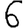
Digit: 6